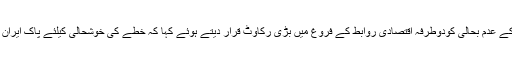
خواجہ حبیب الرحمان نے بینکنگ چینل کے عدم بحالی کودوطرفہ اقتصادی روابط کے فروغ میں بڑی رکاوٹ قرار دیتے ہوئے کہا کہ خطے کی خوشحالی کیلئے پاک ایران تجارت کا فروغ دقت کی ضرورت ہے ۔